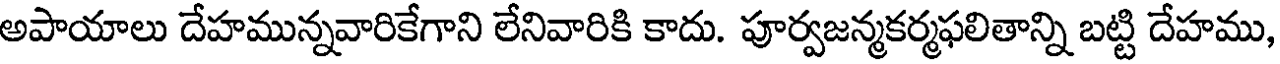
అపాయాలు దేహమున్నవారికేగాని లేనివారికి కాదు. పూర్వజన్మకర్మఫలితాన్ని బట్టి దేహము,